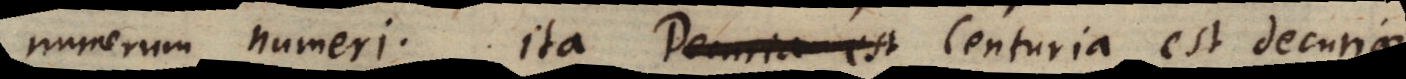
numerum numeri. Ita Decuria est Centuria est decuriae